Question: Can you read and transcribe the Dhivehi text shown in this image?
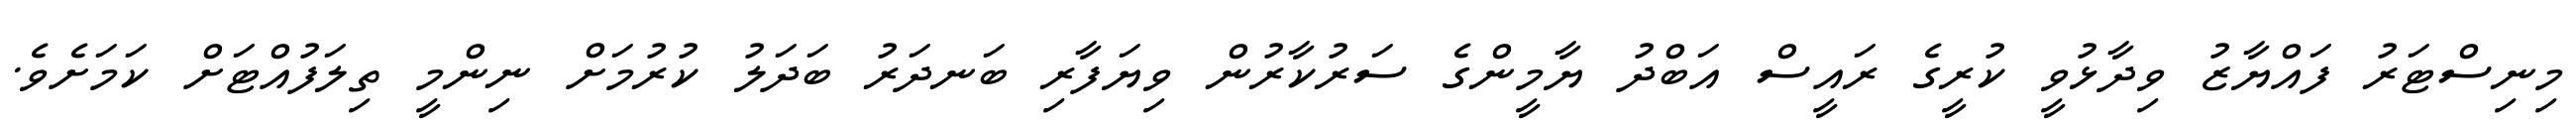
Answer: މިނިސްޓަރު ފައްޔާޒު ވިދާޅުވީ ކުރީގެ ރައީސް އަބްދު ޔާމީންގެ ސަރުކާރުން ވިޔަފާރި ބަނދަރު ބަދަލު ކުރުމަށް ނިންމީ ތިލަފުއްޓަށް ކަމަށެވެ.